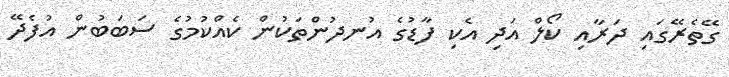
ގޭތެރޭގައި ދަރާއި ކޯލް އަދި އެކި ފާޑުގެ އުނދުންތަކުން ކެއްކުމުގެ ސަބަބުން އުފެދޭ